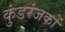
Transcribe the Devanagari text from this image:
कुंडरंजकों